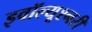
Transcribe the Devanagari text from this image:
इवॉल्यूश्नरी